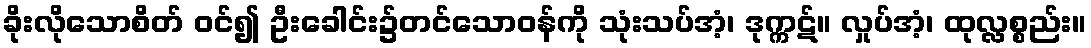
ခိုးလိုသောစိတ် ဝင်၍ ဦးခေါင်း၌တင်သောဝန်ကို သုံးသပ်အံ့၊ ဒုက္ကဋ်။ လှုပ်အံ့၊ ထုလ္လစ္စည်း။